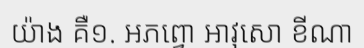
យ៉ាង គឺ១. អភព្វោ អាវុសោ ខីណា